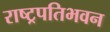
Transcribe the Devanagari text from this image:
राष्ट्रपतिभवन